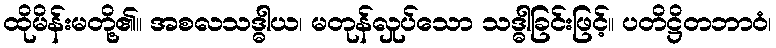
ထိုမိန်းမတို့၏။ အစလသဒ္ဓါယ၊ မတုန်လှုပ်သော သဒ္ဓါခြင်းဖြင့်။ ပတိဋ္ဌိတဘာဝံ၊